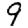
Digit: 9